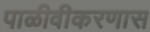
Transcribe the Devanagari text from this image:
पाळीवीकरणास